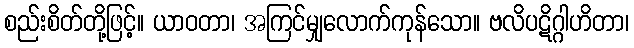
စည်းစိတ်တို့ဖြင့်။ ယာဝတာ၊ အကြင်မျှလောက်ကုန်သော။ ဗလိပဋိဂ္ဂါဟိတာ၊